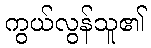
ကွယ်လွန်သူ၏